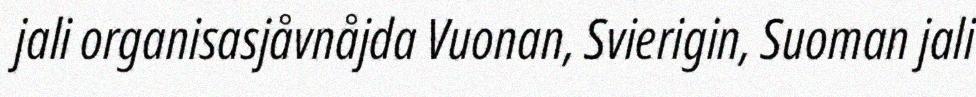
jali organisasjåvnåjda Vuonan, Svierigin, Suoman jali